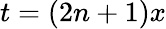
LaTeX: t=(2n+1)x